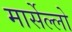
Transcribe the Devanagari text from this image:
मार्सेल्लो